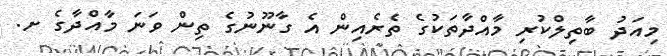
މިއަދު ބާތިލްކުރި މާއްދާތަކުގެ ތެރެއިން އެ ގާނޫނުގެ ތިން ވަނަ މާއްދާގެ ށ.